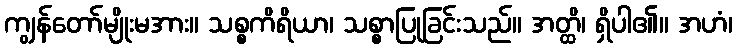
ကျွန်တော်မျိုးမအား။ သစ္စကိရိယာ၊ သစ္စာပြုခြင်းသည်။ အတ္ထိ၊ ရှိပါ၏။ အဟံ၊